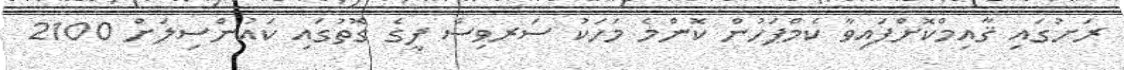
ރަށުގައި ޤާއިމްކޮށްފައިވާ ކެމްޕަހުން ކޮންމެ މަހަކު ސަރވިސް ފީގެ ގޮތުގައި ކައުންސިލަށް 2100